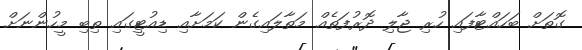
ގޮތަށް ބަހައްޓާފައި ހުރި ޖާލި ދޮރުފަތެއް މަތާލައިގެން ކަމަށާއި ޑިއުޓީގައި ތިބި މީހުންނަށް